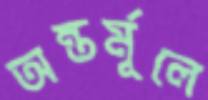
অন্তর্মূলে